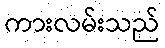
ကားလမ်းသည်